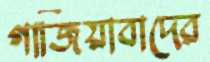
গাজিয়াবাদের